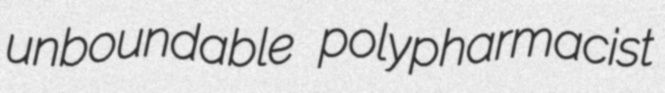
unboundable polypharmacist